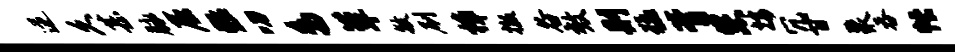
逆久甚脉屈黜叨鸟簟敏刷樟撤谷效则猛胥您按冗甘聚吞帐